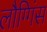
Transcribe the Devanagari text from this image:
लौग्गिंस